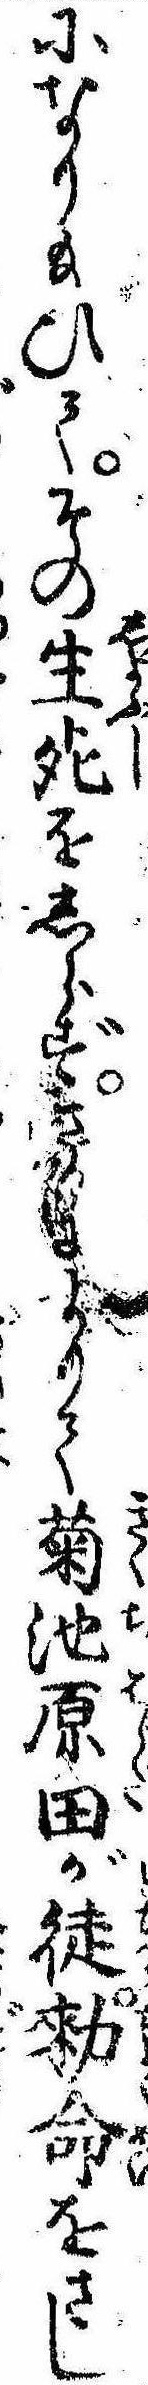
になり給ひてその生死をしらずさるによりて菊池原田が徒勅命をさし